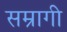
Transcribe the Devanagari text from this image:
सम्रागी